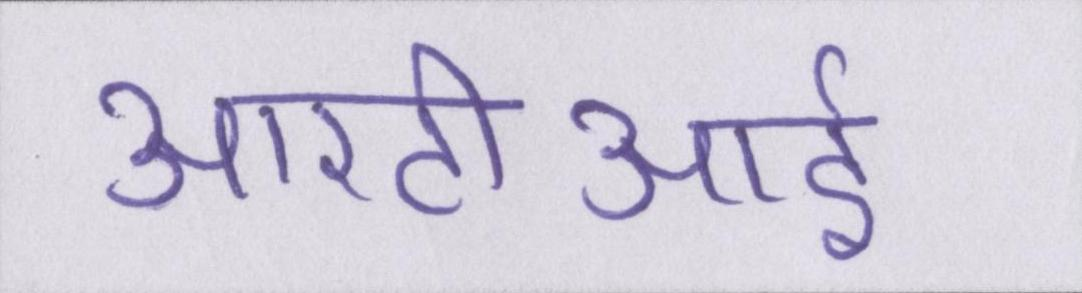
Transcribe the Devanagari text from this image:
आरटीआई